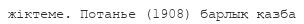
жіктеме. Потанье (1908) барлық қазба